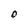
Character: O